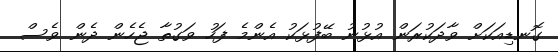
ގޮނޑިއަކަށް ވާދަކުރަން އުޅުނު ބޭފުޅަކު އެންމެ ފަހު ވަގުތާ ޖެހެން ދެން ވެސް